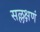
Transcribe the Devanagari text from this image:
सल्लक्षणं